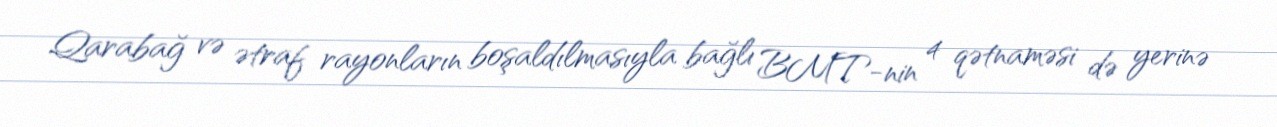
Qarabağ və ətraf rayonların boşaldılmasıyla bağlı BMT-nin 4 qətnaməsi də yerinə